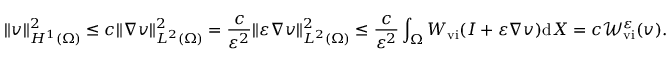
\| v \| _ { H ^ { 1 } ( \Omega ) } ^ { 2 } \leq c \| \nabla v \| _ { L ^ { 2 } ( \Omega ) } ^ { 2 } = \frac { c } { \varepsilon ^ { 2 } } \| \varepsilon \nabla v \| _ { L ^ { 2 } ( \Omega ) } ^ { 2 } \leq \frac { c } { \varepsilon ^ { 2 } } \int _ { \Omega } W _ { \mathrm { v i } } ( I + \varepsilon \nabla v ) \mathrm { d } X = c \mathcal { W } _ { \mathrm { v i } } ^ { \varepsilon } ( v ) .